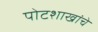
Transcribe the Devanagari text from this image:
पोटशाखांचे